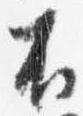
不